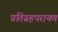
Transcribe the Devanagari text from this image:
प्रतिग्रहपरायण